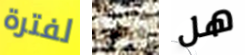
لفترة ويعلم هل